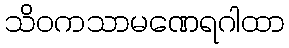
သိဝကသာမဏေရဂါထာ